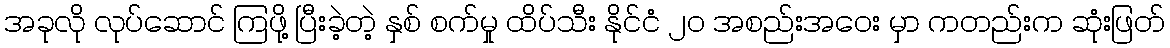
အခုလို လုပ်ဆောင် ကြဖို့ ပြီးခဲ့တဲ့ နှစ် စက်မှု ထိပ်သီး နိုင်ငံ ၂၀ အစည်းအဝေး မှာ ကတည်းက ဆုံးဖြတ်